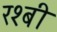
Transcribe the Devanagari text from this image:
रश्बी